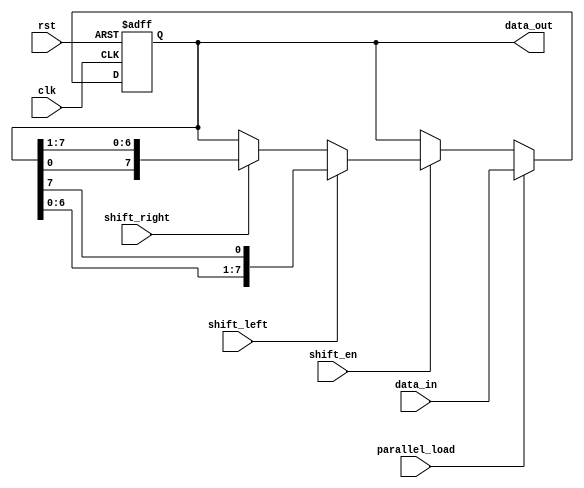
module UniversalShiftRegister (
    input clk,
    input rst,
    input [7:0] data_in,
    input shift_en,
    input parallel_load,
    input shift_left,
    input shift_right,
    output reg [7:0] data_out
);

reg [7:0] shift_reg;

always @(posedge clk or posedge rst) begin
    if (rst) begin
        shift_reg <= 8'b0;
    end else begin
        if (parallel_load) begin
            shift_reg <= data_in;
        end else if (shift_en) begin
            if (shift_left) begin
                shift_reg <= {shift_reg[6:0], shift_reg[7]};
            end else if (shift_right) begin
                shift_reg <= {shift_reg[0], shift_reg[7:1]};
            end
        end
    end
end

assign data_out = shift_reg;

endmodule